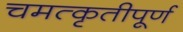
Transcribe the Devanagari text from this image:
चमत्कृतीपूर्ण